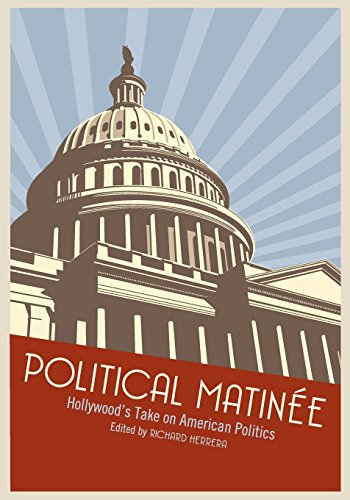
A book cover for Political MatinÃ©e: Hollywood's Take on American Politics; Arts & Photography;